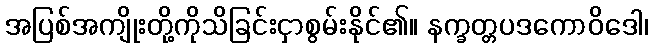
အပြစ်အကျိုးတို့ကိုသိခြင်းငှာစွမ်းနိုင်၏။ နက္ခတ္တပဒကောဝိဒေါ၊